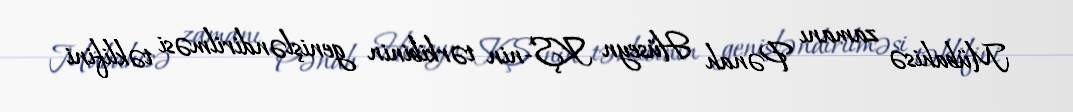
Mübahisə zamanı Pənah Hüseyn KŞ-nin tərkibinin genişləndirilməsi təklifini